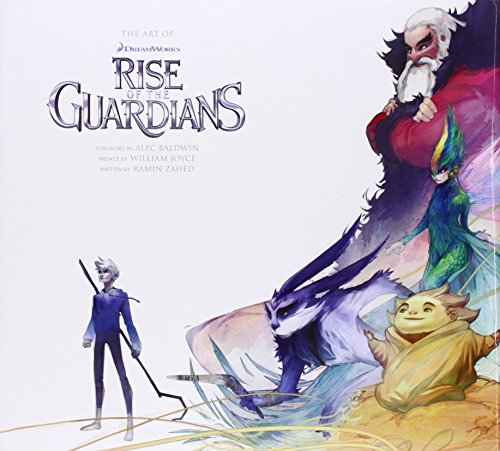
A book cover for The Art of DreamWorks Rise of the Guardians; Ramin Zahed; Arts & Photography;